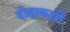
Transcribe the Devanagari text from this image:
दोहाकारों